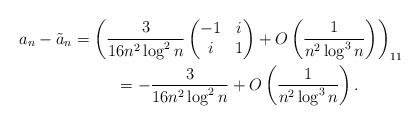
LaTeX: \begin{gather*}a_n - \tilde{a}_n= \left(\frac{3}{16 n^2 \log^2n} \left(\begin{matrix}-1 & i \\i & 1\end{matrix}\right) + O\left(\frac{1}{n^2\log^3n}\right)\right)_{11} \\\hphantom{a_n - \tilde{a}_n}{} = - \frac{3}{16 n^2 \log^2 n} + O\left(\frac{1}{n^2 \log^3 n} \right).\end{gather*}